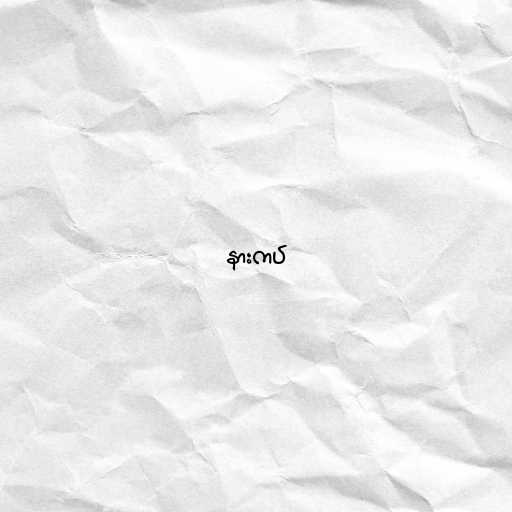
နားကပ်